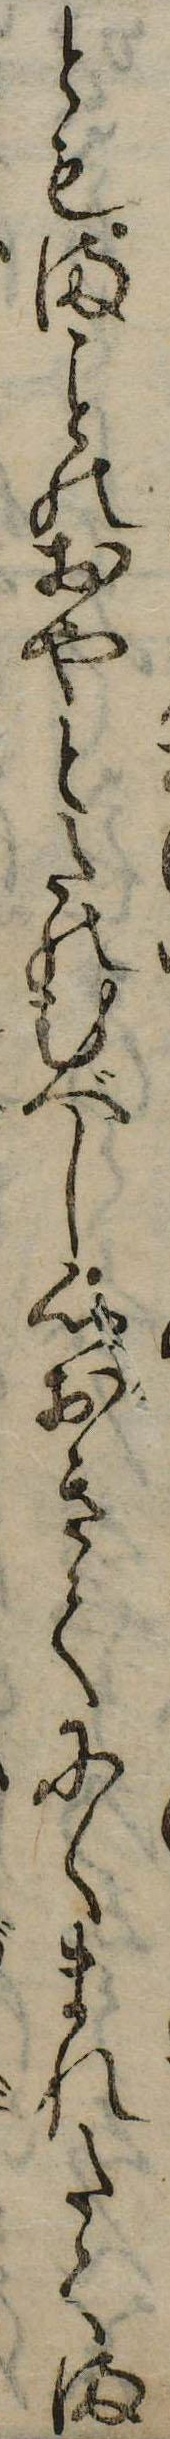
ともまのおやとたのむべし心おきてにくまれたてま